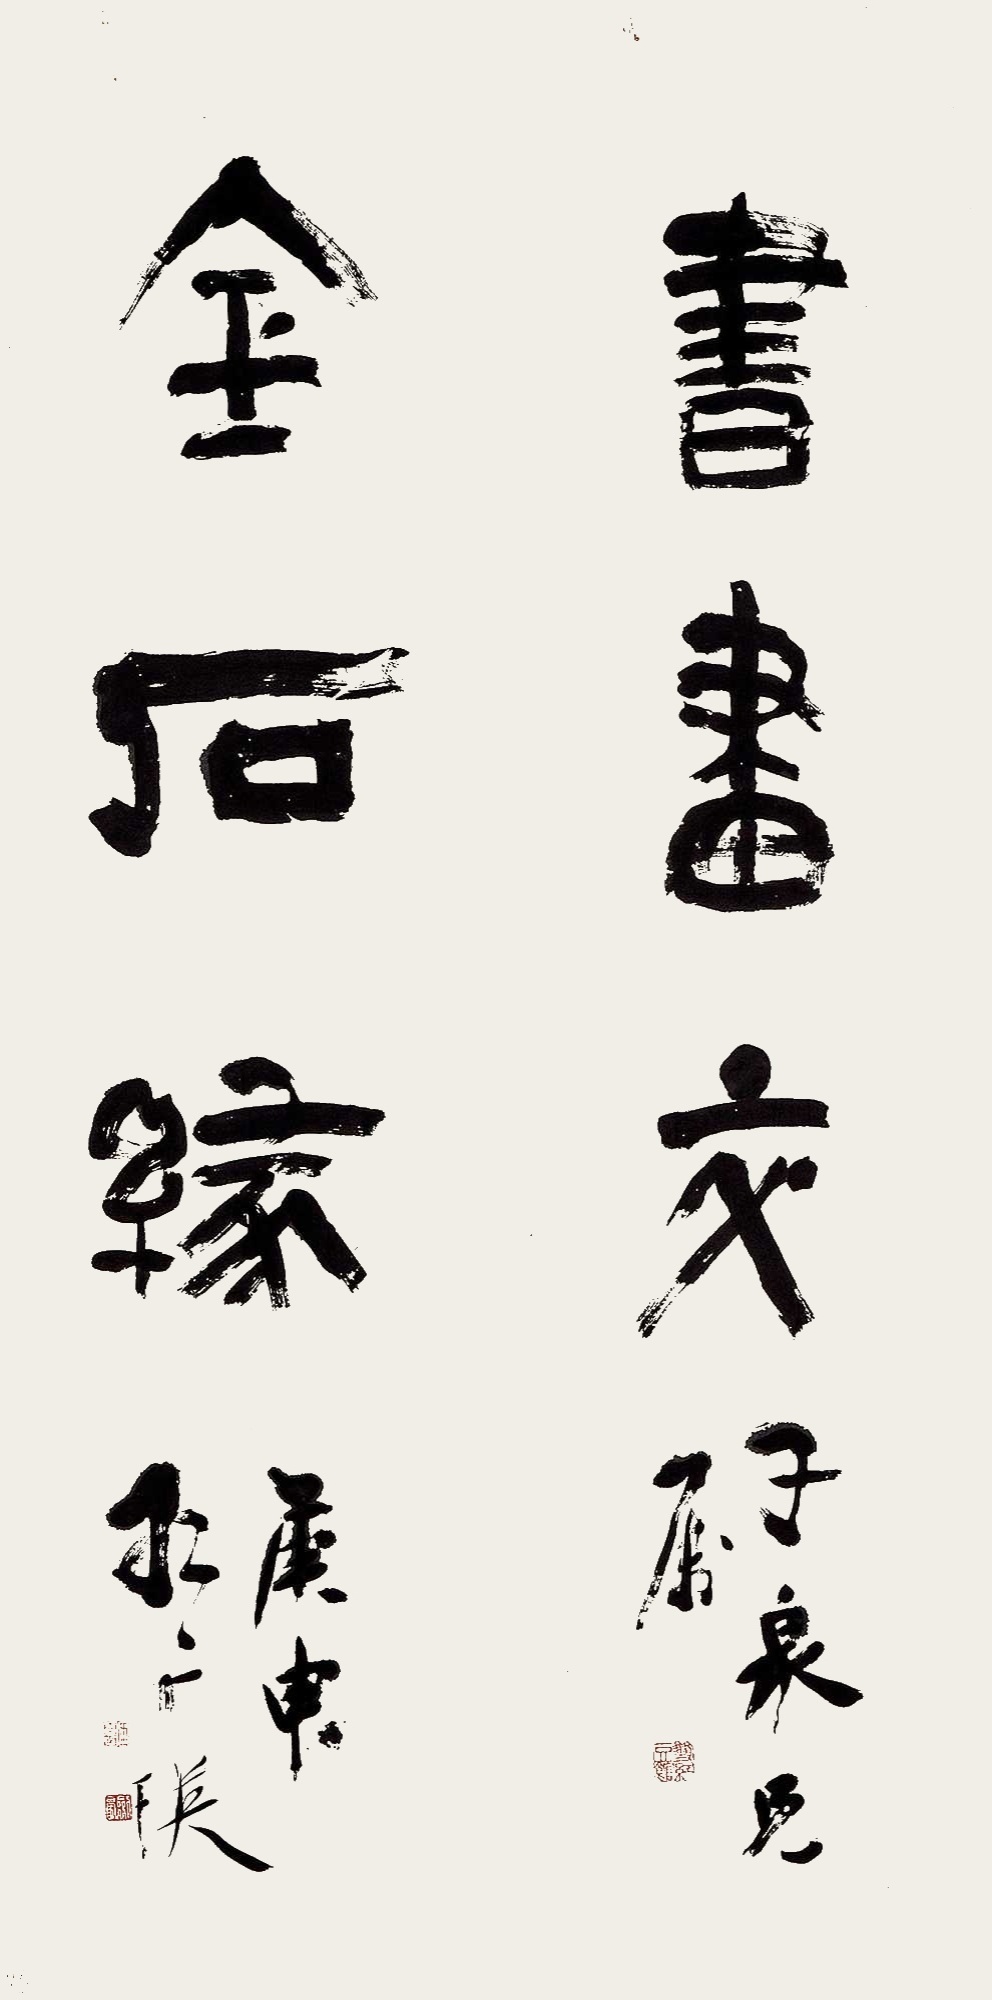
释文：书画交，金石缘。子泉兄属，庚申红广，瑛。